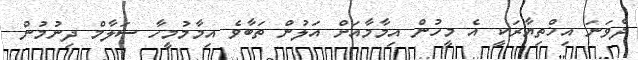
ދެވަނަ އިޚްތިޔާރަކީ އެ މީހުން އިމާމާއަށް އަލުން ތަބާވެ އިމާމުމީހާ ސަލާމް ދިނުމުން